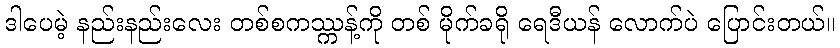
ဒါပေမဲ့ နည်းနည်းလေး တစ်စကဿ္ကန့်ကို တစ် မိုက်ခရို ရေဒီယန် လောက်ပဲ ပြောင်းတယ်။